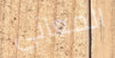
المعاني